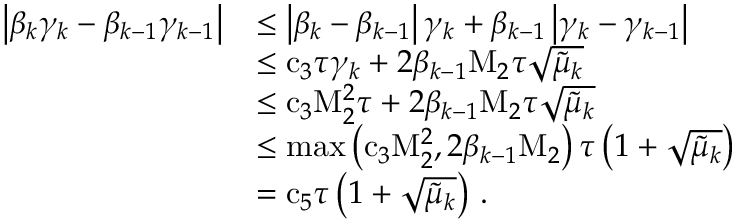
\begin{array} { r l } { \left| { \beta } _ { k } { \gamma } _ { k } - { \beta } _ { k - 1 } { \gamma } _ { k - 1 } \right| } & { \leq \left| { \beta } _ { k } - { \beta } _ { k - 1 } \right| { \gamma } _ { k } + { \beta } _ { k - 1 } \left| { \gamma } _ { k } - { \gamma } _ { k - 1 } \right| } \\ & { \leq { \mathrm { c } } _ { 3 } { \tau } { \gamma } _ { k } + { 2 } { \beta } _ { k - 1 } { \mathrm { M } } _ { 2 } { \tau } \sqrt { { \tilde { \mu } } _ { k } } } \\ & { \leq { \mathrm { c } } _ { 3 } { \mathrm { M } } _ { 2 } ^ { 2 } { \tau } + { 2 } { \beta } _ { k - 1 } { \mathrm { M } } _ { 2 } { \tau } \sqrt { { \tilde { \mu } } _ { k } } } \\ & { \leq \operatorname* { m a x } \left( { \mathrm { c } } _ { 3 } { \mathrm { M } } _ { 2 } ^ { 2 } , { 2 } { \beta } _ { k - 1 } { \mathrm { M } } _ { 2 } \right) { \tau } \left( 1 + \sqrt { { \tilde { \mu } } _ { k } } \right) } \\ & { = { \mathrm { c } } _ { 5 } { \tau } \left( 1 + \sqrt { { \tilde { \mu } } _ { k } } \right) \, . } \end{array}